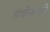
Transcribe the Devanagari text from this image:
संयोजनही